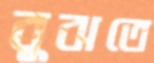
বুঝতে